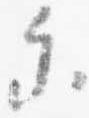
参